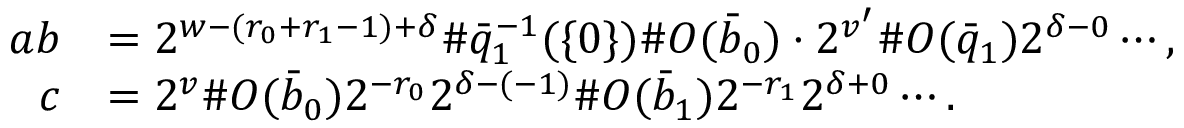
\begin{array} { r l } { a b } & { = 2 ^ { w - ( r _ { 0 } + r _ { 1 } - 1 ) + \delta } \# \bar { q } _ { 1 } ^ { - 1 } ( \{ 0 \} ) \# O ( \bar { b } _ { 0 } ) \cdot 2 ^ { v ^ { \prime } } \# O ( \bar { q } _ { 1 } ) 2 ^ { \delta - 0 } \cdots , } \\ { c } & { = 2 ^ { v } \# O ( \bar { b } _ { 0 } ) 2 ^ { - r _ { 0 } } 2 ^ { \delta - ( - 1 ) } \# O ( \bar { b } _ { 1 } ) 2 ^ { - r _ { 1 } } 2 ^ { \delta + 0 } \cdots . } \end{array}